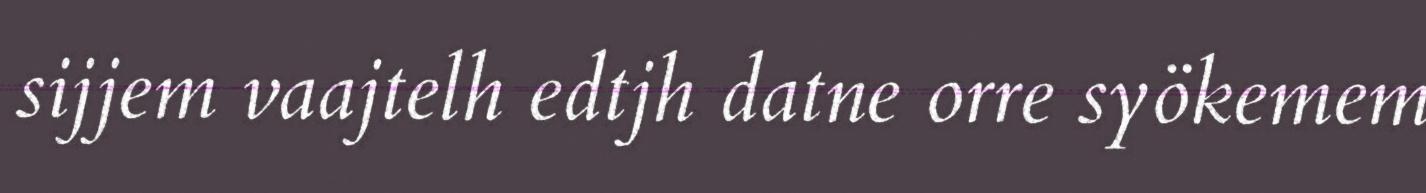
sijjem vaajtelh edtjh datne orre syökemem